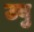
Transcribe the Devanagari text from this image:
उबु